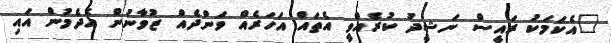
"އެކަމަކު ރައީސް ނަޝީދު ކުރެއްވީ އެތައް އަހަރެއް ވަންދެއް ޒުވާނުން އެދެމުން އައި